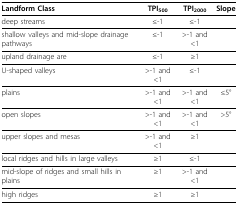
<table><thead><tr><td><b>Landform Class</b></td><td><b>TPI<sub>500</sub></b></td><td><b>TPI<sub>2000</sub></b></td><td><b>Slope</b></td></tr></thead><tbody><tr><td>deep streams</td><td>≤-1</td><td>≤-1</td><td></td></tr><tr><td>shallow valleys and mid-slope drainage pathways</td><td>≤-1</td><td>&gt;-1 and &lt;1</td><td></td></tr><tr><td>upland drainage are</td><td>≤-1</td><td>≥1</td><td></td></tr><tr><td>U-shaped valleys</td><td>&gt;-1 and &lt;1</td><td>≤-1</td><td></td></tr><tr><td>plains</td><td>&gt;-1 and &lt;1</td><td>&gt;-1 and &lt;1</td><td>≤5°</td></tr><tr><td>open slopes</td><td>&gt;-1 and &lt;1</td><td>&gt;-1 and &lt;1</td><td>&gt;5°</td></tr><tr><td>upper slopes and mesas</td><td>&gt;-1 and &lt;1</td><td>≥1</td><td></td></tr><tr><td>local ridges and hills in large valleys</td><td>≥1</td><td>≤-1</td><td></td></tr><tr><td>mid-slope of ridges and small hills in plains</td><td>≥1</td><td>&gt;-1 and &lt;1</td><td></td></tr><tr><td>high ridges</td><td>≥1</td><td>≥1</td><td></td></tr></tbody></table>